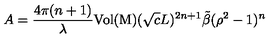
A = \frac { 4 \pi ( n + 1 ) } { \lambda } \mathrm { V o l ( M ) } ( \sqrt { c } L ) ^ { 2 n + 1 } \tilde { \beta } ( \rho ^ { 2 } - 1 ) ^ { n }